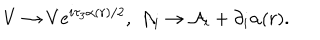
V \rightarrow V e ^ { i \tau _ { 3 } \alpha ( r ) / 2 } , \; { \mathcal { A } } _ { i } \rightarrow { \mathcal { A } } _ { i } + \partial _ { i } \alpha ( r ) .